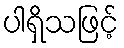
ပါရှိသဖြင့်